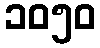
၁၀၅၀